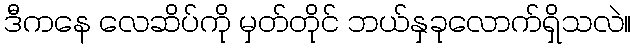
ဒီကနေ လေဆိပ်ကို မှတ်တိုင် ဘယ်နှခုလောက်ရှိသလဲ။